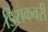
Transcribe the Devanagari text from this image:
डिसकवरी